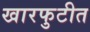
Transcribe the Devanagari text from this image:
खारफुटीत